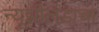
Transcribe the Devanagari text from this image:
न्यूझीलंडाचा